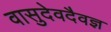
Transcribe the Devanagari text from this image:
वासुदेवदैवज्ञ